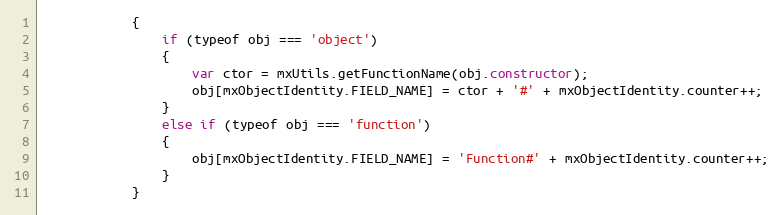
Language: JavaScript
			{
				if (typeof obj === 'object')
				{
					var ctor = mxUtils.getFunctionName(obj.constructor);
					obj[mxObjectIdentity.FIELD_NAME] = ctor + '#' + mxObjectIdentity.counter++;
				}
				else if (typeof obj === 'function')
				{
					obj[mxObjectIdentity.FIELD_NAME] = 'Function#' + mxObjectIdentity.counter++;
				}
			}